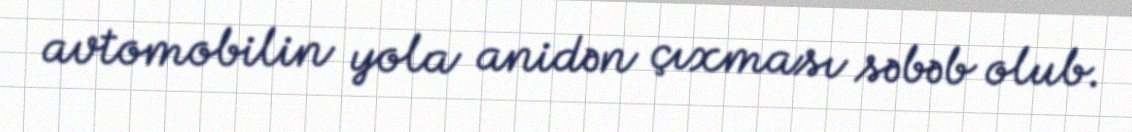
avtomobilin yola anidən çıxması səbəb olub.